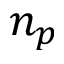
n _ { p }